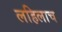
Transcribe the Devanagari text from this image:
लहिलाच